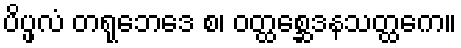
ပိပ္ဖလံ တရုဘေဒေ စ၊ ဝတ္ထစ္ဆေဒနသတ္ထကေ။